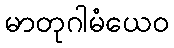
မာတုဂါမံယေဝ